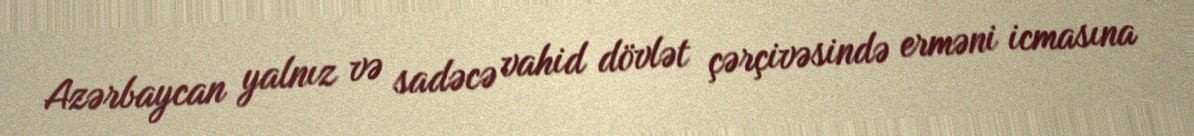
Azərbaycan yalnız və sadəcə vahid dövlət çərçivəsində erməni icmasına